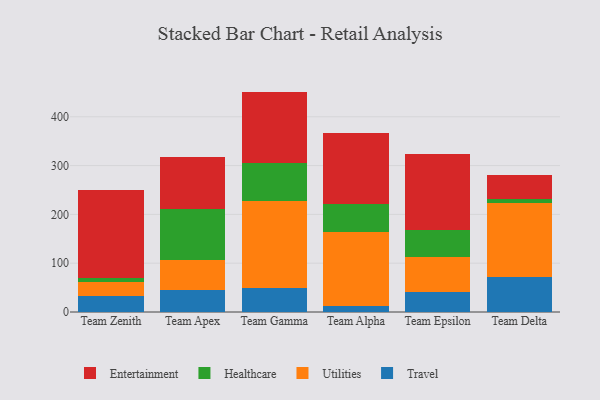
{"axis": {"x": "Team", "y": "Conversion Rate (%)"}, "legend": ["Entertainment", "Healthcare", "Travel", "Utilities"], "data": [{"x": "Team Zenith", "y": 33.2, "type": "Travel"}, {"x": "Team Zenith", "y": 28.0, "type": "Utilities"}, {"x": "Team Zenith", "y": 8.6, "type": "Healthcare"}, {"x": "Team Zenith", "y": 179.7, "type": "Entertainment"}, {"x": "Team Apex", "y": 45.6, "type": "Travel"}, {"x": "Team Apex", "y": 60.1, "type": "Utilities"}, {"x": "Team Apex", "y": 105.4, "type": "Healthcare"}, {"x": "Team Apex", "y": 106.5, "type": "Entertainment"}, {"x": "Team Gamma", "y": 49.8, "type": "Travel"}, {"x": "Team Gamma", "y": 178.5, "type": "Utilities"}, {"x": "Team Gamma", "y": 76.3, "type": "Healthcare"}, {"x": "Team Gamma", "y": 147.0, "type": "Entertainment"}, {"x": "Team Alpha", "y": 11.6, "type": "Travel"}, {"x": "Team Alpha", "y": 151.8, "type": "Utilities"}, {"x": "Team Alpha", "y": 57.5, "type": "Healthcare"}, {"x": "Team Alpha", "y": 146.3, "type": "Entertainment"}, {"x": "Team Epsilon", "y": 40.8, "type": "Travel"}, {"x": "Team Epsilon", "y": 72.6, "type": "Utilities"}, {"x": "Team Epsilon", "y": 55.3, "type": "Healthcare"}, {"x": "Team Epsilon", "y": 154.7, "type": "Entertainment"}, {"x": "Team Delta", "y": 72.4, "type": "Travel"}, {"x": "Team Delta", "y": 151.9, "type": "Utilities"}, {"x": "Team Delta", "y": 6.5, "type": "Healthcare"}, {"x": "Team Delta", "y": 50.9, "type": "Entertainment"}]}